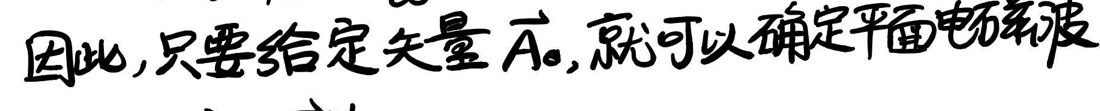
因此，只要给定矢量\(\vec{A}\)，就可以确定平面电磁波